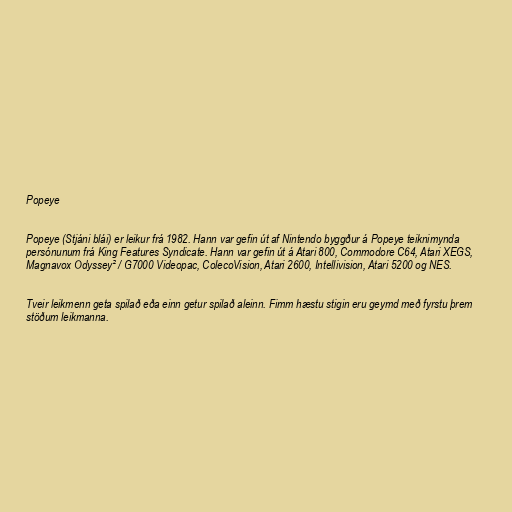
Popeye

Popeye (Stjáni blái) er leikur frá 1982. Hann var gefin út af Nintendo byggður á Popeye teiknimynda
persónunum frá King Features Syndicate. Hann var gefin út á Atari 800, Commodore C64, Atari XEGS,
Magnavox Odyssey² / G7000 Videopac, ColecoVision, Atari 2600, Intellivision, Atari 5200 og NES.

Tveir leikmenn geta spilað eða einn getur spilað aleinn. Fimm hæstu stigin eru geymd með fyrstu þrem
stöðum leikmanna.